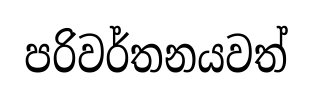
පරිවර්තනයවත්